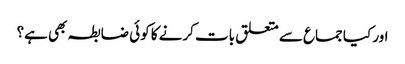
اور کیا جماع سے متعلق بات کرنے کا کوئی ضابطہ بھی ہے؟